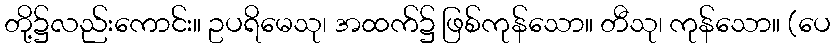
တို့၌လည်းကောင်း။ ဥပရိမေသု၊ အထက်၌ ဖြစ်ကုန်သော။ တီသု၊ ကုန်သော။ (ပေ